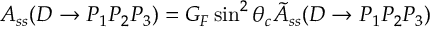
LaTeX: A _ { s s } ( D \rightarrow P _ { 1 } P _ { 2 } P _ { 3 } ) = G _ { F } \sin ^ { 2 } \theta _ { c } \tilde { A } _ { s s } ( D \rightarrow P _ { 1 } P _ { 2 } P _ { 3 } )